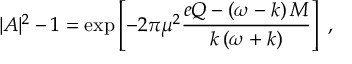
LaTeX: | A | ^ { 2 } - 1 = \exp \left[ - 2 \pi \mu ^ { 2 } \frac { e Q - \left( \omega - k \right) M } { k \left( \omega + k \right) } \right] \; ,